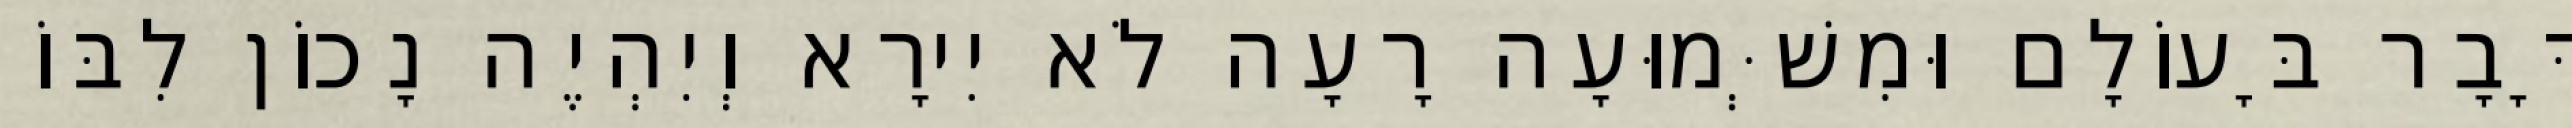
דָּבָר בָּעוֹלָם וּמִשְּׁמוּעָה רָעָה לֹא יִירָא וְיִהְיֶה נָכוֹן לִבּוֹ